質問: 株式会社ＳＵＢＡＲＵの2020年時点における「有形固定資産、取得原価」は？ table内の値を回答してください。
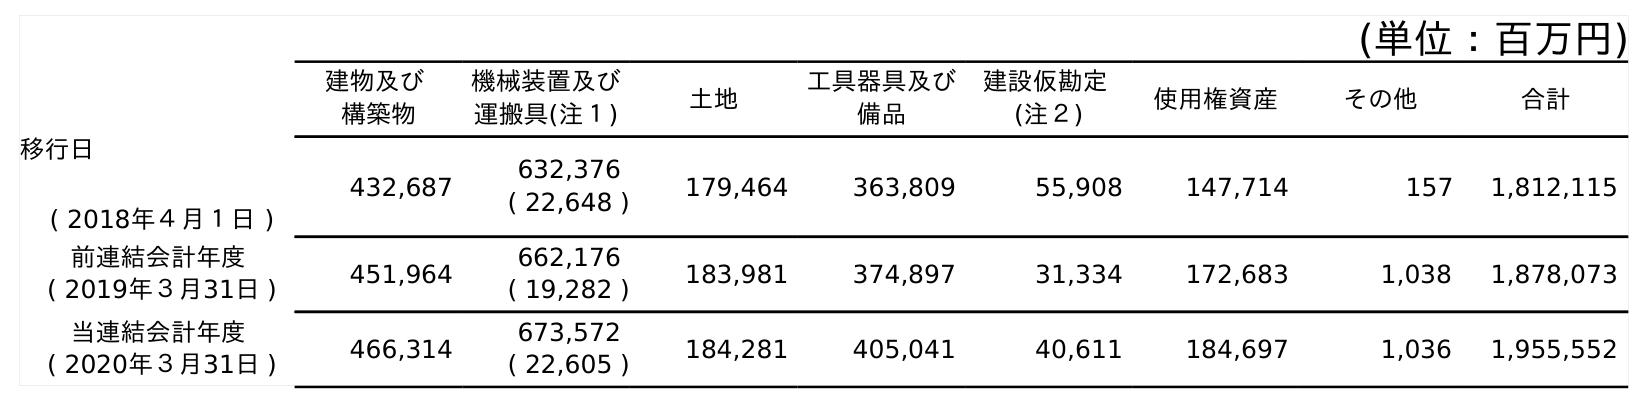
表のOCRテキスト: (単位：百万円) 建物及び 構築物 機械装置及び 運搬具(注１) 土地 工具器具及び 備品 建設仮勘定 (注２) 使用権資産 その他 合計 移行日 ( 2018年４月１日 ) 432,687 632,376 ( 22,648 ) 179,464 363,809 55,908 147,714 157 1,812,115 前連結会計年度 ( 2019年３月31日 ) 451,964 662,176 ( 19,282 ) 183,981 374,897 31,334 172,683 1,038 1,878,073 当連結会計年度 ( 2020年３月31日 ) 466,314 673,572 ( 22,605 ) 184,281 405,041 40,611 184,697 1,036 1,955,552
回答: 1,955,552